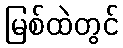
မြစ်ထဲတွင်